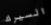
السيرك